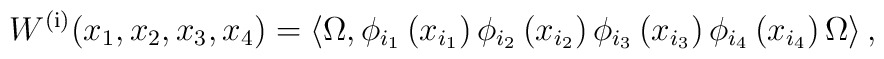
W^{\left( {\rm i}\right)} {\left( x_{1},x_{2},x_{3},x_{4}\right) }=\left\langle \Omega ,\phi _{{i}_{1}}\left( x_{{i}_{1}}\right) \phi_{{ i}_{2}}\left( x_{{i}_{2}}\right) \phi _{{i}_{3}}\left( x_{{i}_{3}}\right)\phi _{{i}_{4}}\left( x_{{i}_{4}}\right) \Omega \right\rangle ,